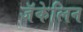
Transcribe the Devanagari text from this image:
जॅकेलिन